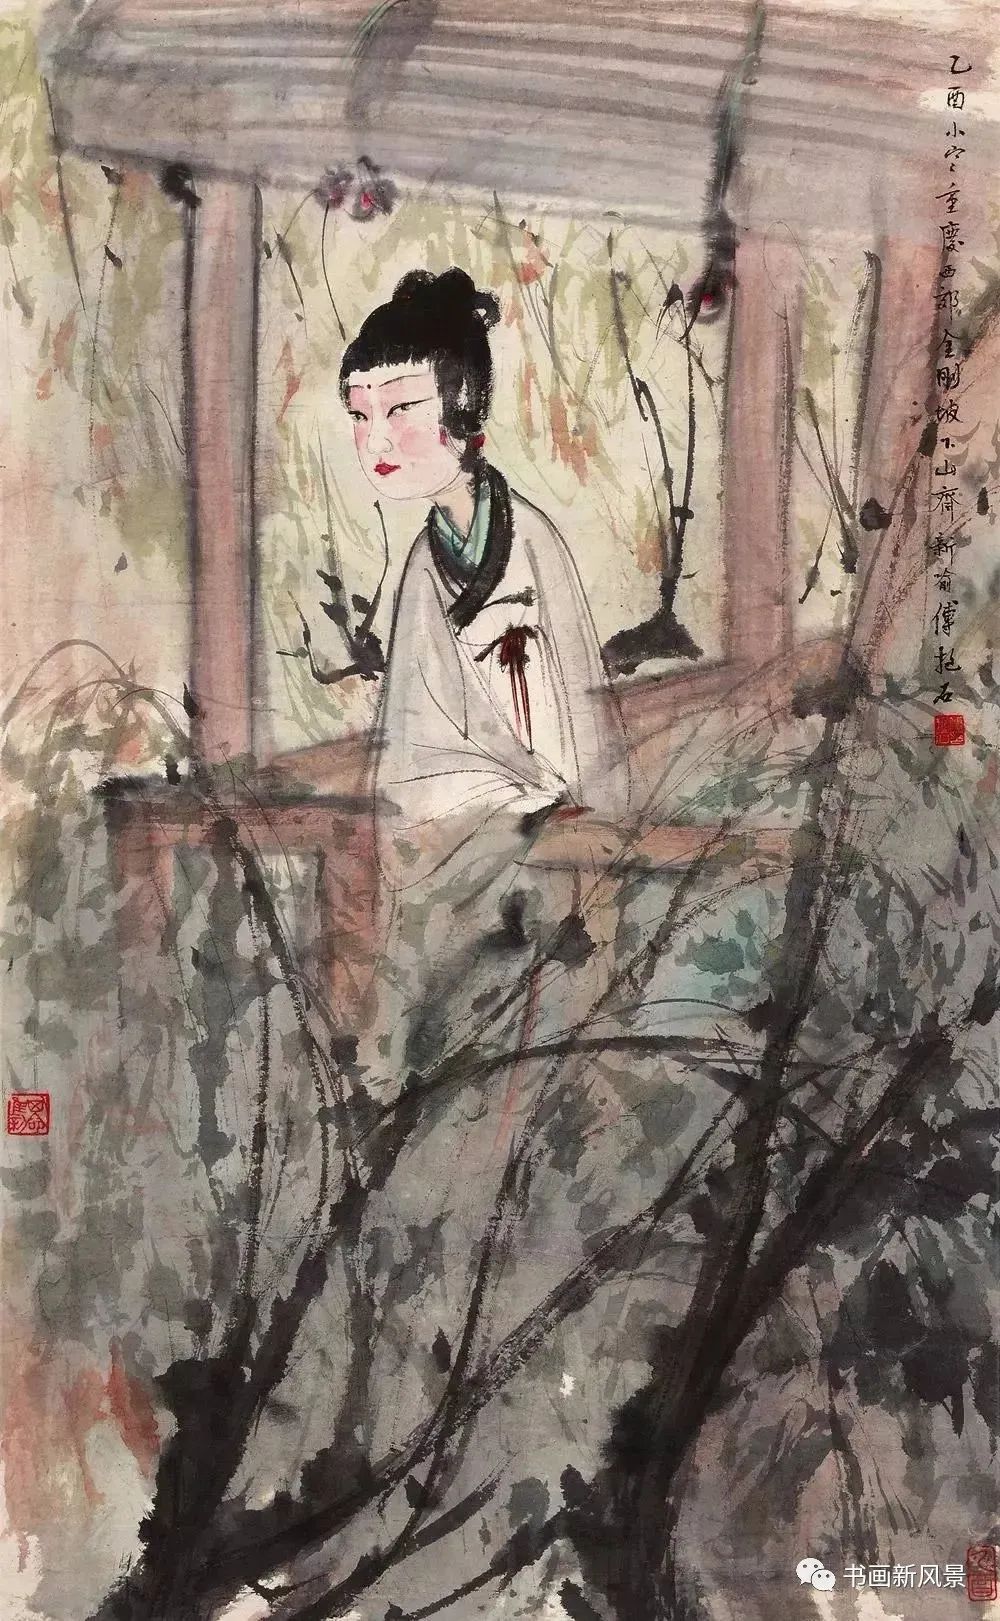
愁损翠黛双蛾，日日画阑独凭。